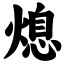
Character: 熄